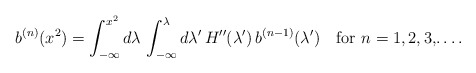
\begin{align*}b^{(n)}(x^2) = \int_{-\infty}^{x^2}d\lambda\,\int_{-\infty}^{\lambda}d\lambda '\, H''(\lambda ')\, b^{(n - 1)}(\lambda ')\quad\hbox{for $n = 1, 2, 3,$\dots .}\end{align*}